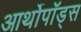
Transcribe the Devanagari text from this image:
आर्थोपॉड्स